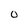
Character: o